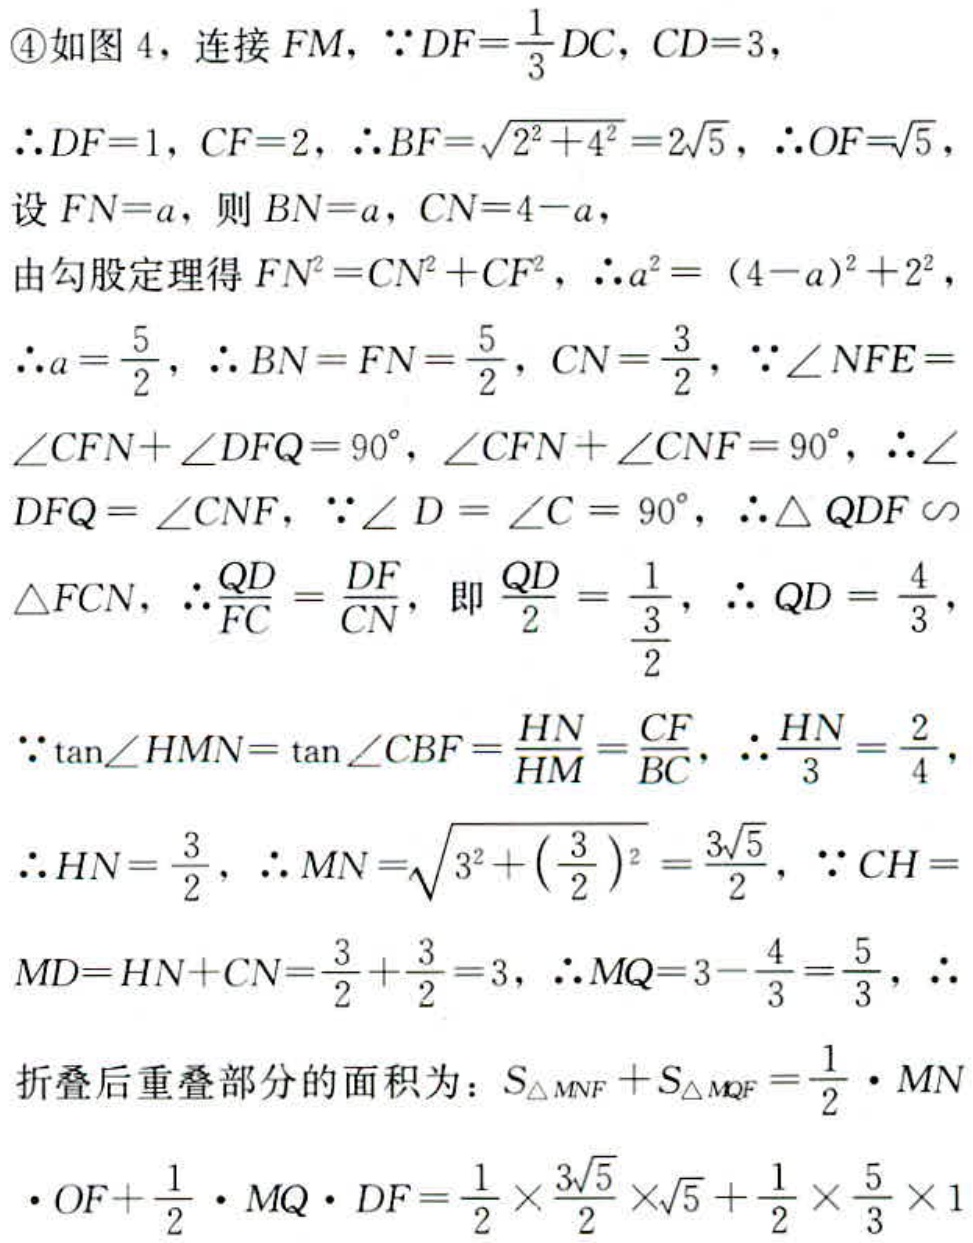
\begin{align*}
&\textcircled{4}\text{ 如图 }4，\text{ 连接 }FM，\because DF = \frac{1}{3}DC，CD = 3，\\
&\therefore DF = 1，CF = 2，\therefore BF=\sqrt{2^{2}+4^{2}} = 2\sqrt{5}，\therefore OF=\sqrt{5}，\\
&\text{设 }FN = a，则 BN = a，CN = 4 - a，\\
&\text{由勾股定理得 }FN^{2}=CN^{2}+CF^{2}，\therefore a^{2}=(4 - a)^{2}+2^{2}，\\
&\therefore a=\frac{5}{2}，\therefore BN = FN=\frac{5}{2}，CN=\frac{3}{2}，\because\angle NFE=\angle CFN+\angle DFQ = 90^{\circ}，\angle CFN+\angle CNF = 90^{\circ}，\therefore\angle\\
&DFQ=\angle CNF，\because\angle D=\angle C = 90^{\circ}，\therefore\triangle QDF\sim\triangle FCN，\therefore\frac{QD}{FC}=\frac{DF}{CN}，\text{ 即 }\frac{QD}{2}=\frac{1}{\frac{3}{2}}，\therefore QD=\frac{4}{3}，\\
&\because\tan\angle HMN=\tan\angle CBF=\frac{HN}{HM}=\frac{CF}{BC}，\therefore\frac{HN}{3}=\frac{2}{4}，\\
&\therefore HN=\frac{3}{2}，\therefore MN=\sqrt{3^{2}+\left(\frac{3}{2}\right)^{2}}=\frac{3\sqrt{5}}{2}，\because CH =\\
&MD=HN + CN=\frac{3}{2}+\frac{3}{2}=3，\therefore MQ=3-\frac{4}{3}=\frac{5}{3}，\therefore\\
&\text{折叠后重叠部分的面积为：}S_{\triangle MNF}+S_{\triangle MQF}=\frac{1}{2}\cdot MN\\
&\cdot OF+\frac{1}{2}\cdot MQ\cdot DF=\frac{1}{2}\times\frac{3\sqrt{5}}{2}\times\sqrt{5}+\frac{1}{2}\times\frac{5}{3}\times1
\end{align*}